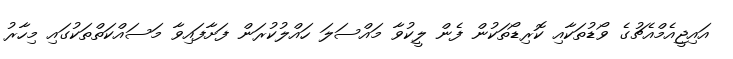
އައިޖީއެމްއެޗުގެ ވޯޑުތަކާއި ކޮރިޑޯތަކުން ފެން ލީކުވާ މައްސަލަ ހައްލުކުރަން ފަށާފައިވާ މަސައްކަތްތަކުގައި މިހާރު